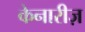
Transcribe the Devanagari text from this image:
केनारीज़